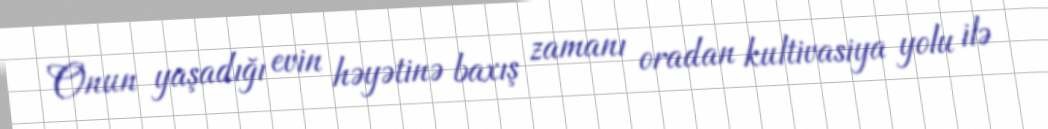
Onun yaşadığı evin həyətinə baxış zamanı oradan kultivasiya yolu ilə